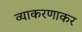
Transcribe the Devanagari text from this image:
व्याकरणाकर